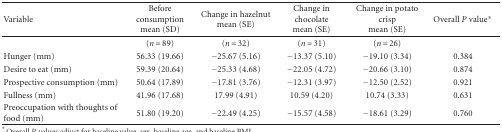
<table><thead><tr><td><b>Variable</b></td><td><b>Before consumption mean (SD)</b></td><td><b>Change in hazelnut mean (SE)</b></td><td><b>Change in chocolate mean (SE)</b></td><td><b>Change in potato crisp mean (SE)</b></td><td><b>Overall <i>P</i> value*</b></td></tr></thead><tbody><tr><td></td><td>(<i>n</i> = 89)</td><td>(<i>n</i> = 32)</td><td>(<i>n</i> = 31)</td><td>(<i>n</i> = 26)</td><td></td></tr><tr><td>Hunger (mm)</td><td>56.33 (19.66)</td><td>−25.67 (5.16)</td><td>−13.37 (5.10)</td><td>−19.10 (3.34)</td><td>0.384</td></tr><tr><td>Desire to eat (mm)</td><td>59.39 (20.64)</td><td>−25.33 (4.68)</td><td>−22.05 (4.72)</td><td>−20.66 (3.10)</td><td>0.874</td></tr><tr><td>Prospective consumption (mm)</td><td>50.64 (17.89)</td><td>−17.81 (3.76)</td><td>−12.31 (3.97)</td><td>−12.50 (2.52)</td><td>0.921</td></tr><tr><td>Fullness (mm)</td><td>41.96 (17.68)</td><td>17.99 (4.91)</td><td>10.59 (4.20)</td><td>10.74 (3.33)</td><td>0.631</td></tr><tr><td>Preoccupation with thoughts of food (mm)</td><td>51.80 (19.20)</td><td>−22.49 (4.25)</td><td>−15.57 (4.58)</td><td>−18.61 (3.29)</td><td>0.760</td></tr></tbody></table>